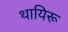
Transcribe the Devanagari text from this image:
थायिरू